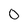
Character: 0